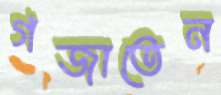
গজাতেন